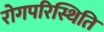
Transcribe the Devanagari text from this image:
रोगपरिस्थिति